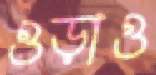
ওড়াও